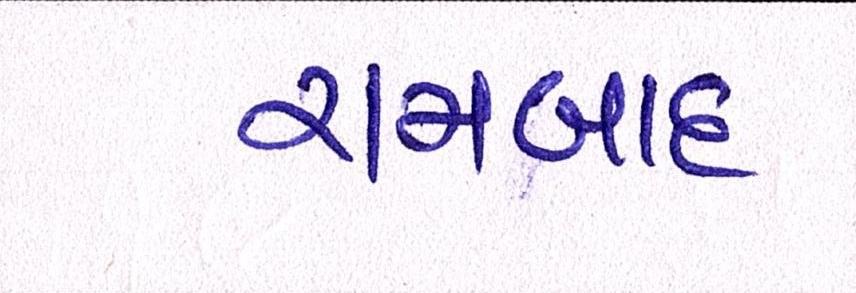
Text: રામબાદ